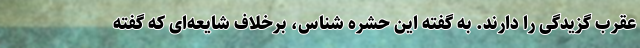
عقرب گزیدگی را دارند. به گفته این حشره شناس، برخلاف شایعه‌ای که گفته